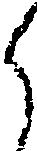
ら